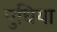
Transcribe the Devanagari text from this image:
पुधिया